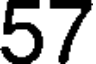
57